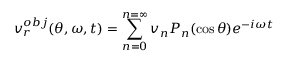
v _ { r } ^ { o b j } ( \theta , \omega , t ) = \sum _ { n = 0 } ^ { n = \infty } v _ { n } P _ { n } ( \cos \theta ) e ^ { - i \omega t }